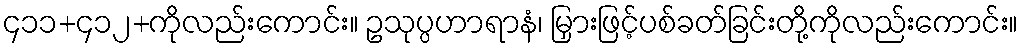
၄၁၁+၄၁၂+ကိုလည်းကောင်း။ ဥသုပ္ပဟာရာနံ၊ မြှားဖြင့်ပစ်ခတ်ခြင်းတို့ကိုလည်းကောင်း။